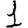
Digit: 1